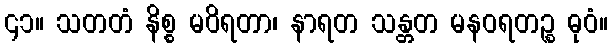
၄၁။ သတတံ နိစ္စ မဝိရတာ၊ နာရတ သန္တတ မနဝရတဉ္စ ဓုဝံ။